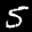
Label: 5